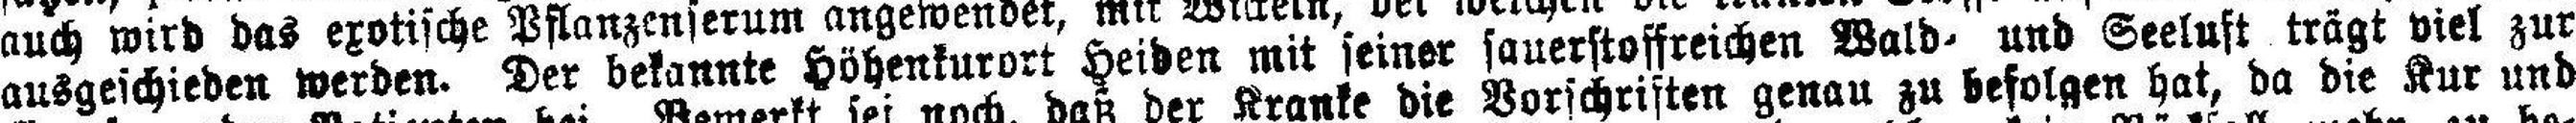
ausgeschieden werden. Der bekannte Höhenkurort Heiden mit seiner sauerstoffreichen Wald- und Seeluft trägt viel zur